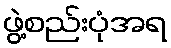
ဖွဲ့စည်းပုံအရ